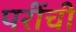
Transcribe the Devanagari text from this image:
परींची